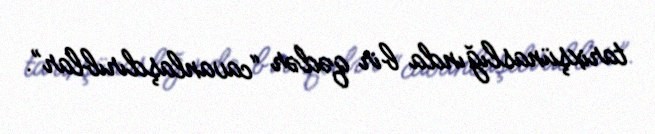
tarixşünaslığında bir qədər “cavanlaşdırıblar”.